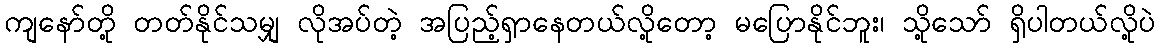
ကျနော်တို့ တတ်နိုင်သမျှ လိုအပ်တဲ့ အပြည့်ရှာနေတယ်လို့တော့ မပြောနိုင်ဘူး၊ သို့သော် ရှိပါတယ်လို့ပဲ